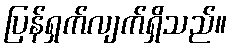
ပြန်ရှက်လျက်ရှိသည်။